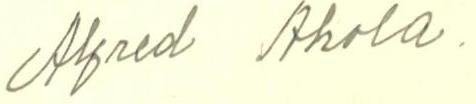
Alfred Ahola